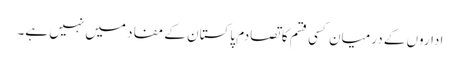
اداروں کے درمیان کسی قسم کا تصادم پاکستان کے مفاد میں نہیں ہے۔